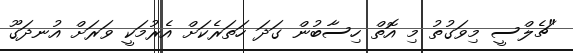
"ޗެލްސީ މިވަގުތު މި އޮތް ހިސާބުން ގަދަ ހަތަރެކަށް އެރުމަކީ ވަރަށް އުނދަގޫ